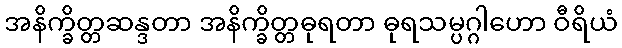
အနိက္ခိတ္တဆန္ဒတာ အနိက္ခိတ္တဓုရတာ ဓုရသမ္ပဂ္ဂါဟော ဝီရိယံ